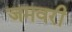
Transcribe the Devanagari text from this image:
जमवरी